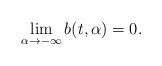
LaTeX: \begin{align*}\lim_{\alpha \to -\infty} b(t,\alpha) = 0.\end{align*}